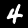
Digit: 4